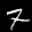
Label: 7